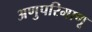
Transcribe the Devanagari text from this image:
अणुपरिमाणू